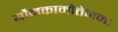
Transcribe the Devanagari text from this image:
यौनकामोत्तेजना